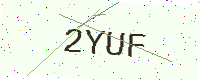
Text: 2YUF